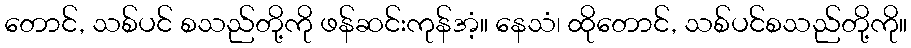
တောင်, သစ်ပင် စသည်တို့ကို ဖန်ဆင်းကုန်အံ့။ နေသံ၊ ထိုတောင်, သစ်ပင်စသည်တို့ကို။